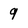
Character: 9